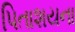
પિતાશયના